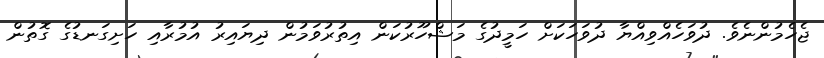
ޖެހެމުންނެވެ. ދުވަހެއްވިއްޔާ ދުވަހަކަށް ހަމީދުގެ މަޝްހޫރުކަން އިތުރުވަމުން ދިޔައިރު އުމުރާއި ހަށިގަނޑުގެ ގޮތުން